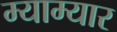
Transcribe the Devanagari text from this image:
म्याम्यार